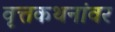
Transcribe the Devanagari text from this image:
वृत्तकथनांवर